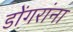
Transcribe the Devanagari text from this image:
डोंगरांना